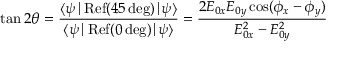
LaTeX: \tan 2 \theta = { \frac { \langle \psi { \mid } \operatorname { R e f } ( 4 5 \deg ) { \mid } \psi \rangle } { \langle \psi { \mid } \operatorname { R e f } ( 0 \deg ) { \mid } \psi \rangle } } = { \frac { 2 E _ { 0 x } E _ { 0 y } \cos ( \phi _ { x } - \phi _ { y } ) } { E _ { 0 x } ^ { 2 } - E _ { 0 y } ^ { 2 } } }